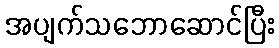
အပျက်သဘောဆောင်ပြီး